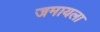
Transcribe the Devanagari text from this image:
जमायला